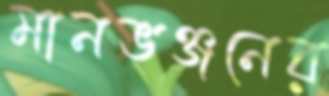
মানভঞ্জনের